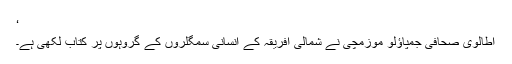
‘
اطالوی صحافی جمپاؤلو موزمچی نے شمالی افریقہ کے انسانی سمگلروں کے گروہوں پر کتاب لکھی ہے۔